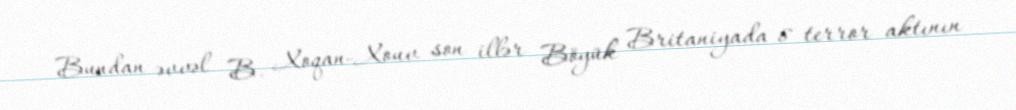
Bundan əvvəl B. Xoqan-Xouv son illər Böyük Britaniyada 8 terror aktının